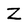
Character: Z